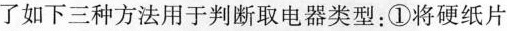
了如下三种方法用于判断取电器类型；①将硬纸片